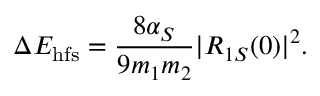
\Delta E _ { \mathrm { h f s } } = \frac { 8 \alpha _ { S } } { 9 m _ { 1 } m _ { 2 } } | R _ { 1 S } ( 0 ) | ^ { 2 } .